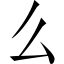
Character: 么